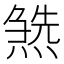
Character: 𤍹